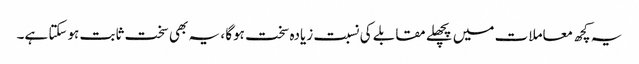
یہ کچھ معاملات میں پچھلے مقابلے کی نسبت زیادہ سخت ہوگا ، یہ بھی سخت ثابت ہوسکتا ہے۔